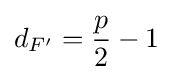
d_{F'}={\frac {p}{2}}-1